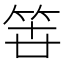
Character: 𮅉